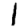
Digit: 1